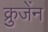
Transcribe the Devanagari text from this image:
क्रुजेंन